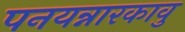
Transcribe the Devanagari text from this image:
पनयन्नारकावु